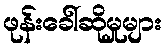
ဖုန်းခေါ်ဆိုမှုများ